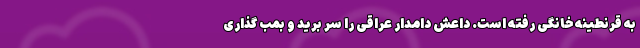
به قرنطینه خانگی رفته است. داعش دامدار عراقی را سر برید و بمب گذاری